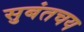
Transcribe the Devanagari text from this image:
सुबंतचय